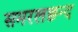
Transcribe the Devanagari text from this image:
समरलछन्द